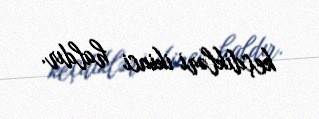
keçdikləri ikinci haldır.